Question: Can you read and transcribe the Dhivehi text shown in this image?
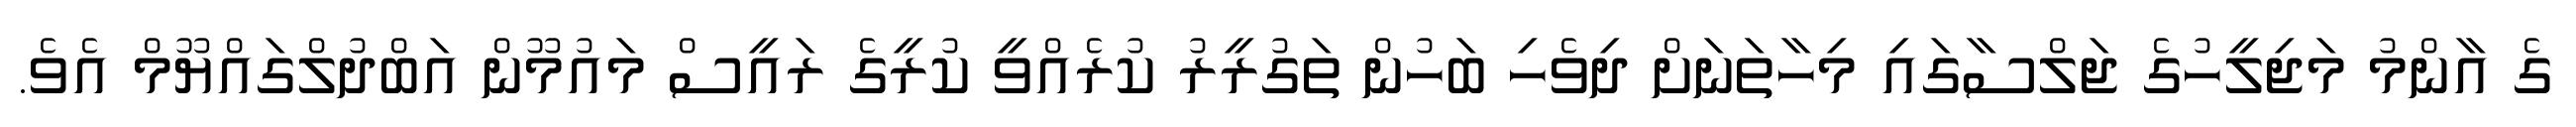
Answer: ގެ އާންމު މަޖިލީހުގެ ޖަލްސާގައި މިހާތަނަށް ދިވެހި ބަހުން ތަގުރީރު ކުރެއްވީ ކުރީގެ ރައީސް މައުމޫން އަބްދުލްގައްޔޫމް އެވެ.